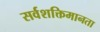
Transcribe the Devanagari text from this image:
सर्वशक्तिमानता